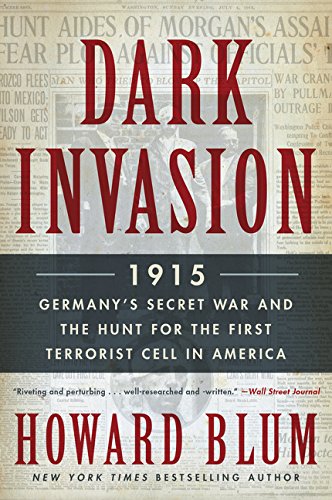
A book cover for Dark Invasion: 1915: Germany's Secret War and the Hunt for the First Terrorist Cell in America; Howard Blum; Biographies & Memoirs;